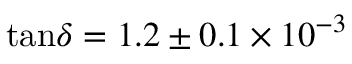
\tan \! \delta = 1 . 2 \pm 0 . 1 \times 1 0 ^ { - 3 }